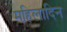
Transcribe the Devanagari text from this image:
महिलादिन